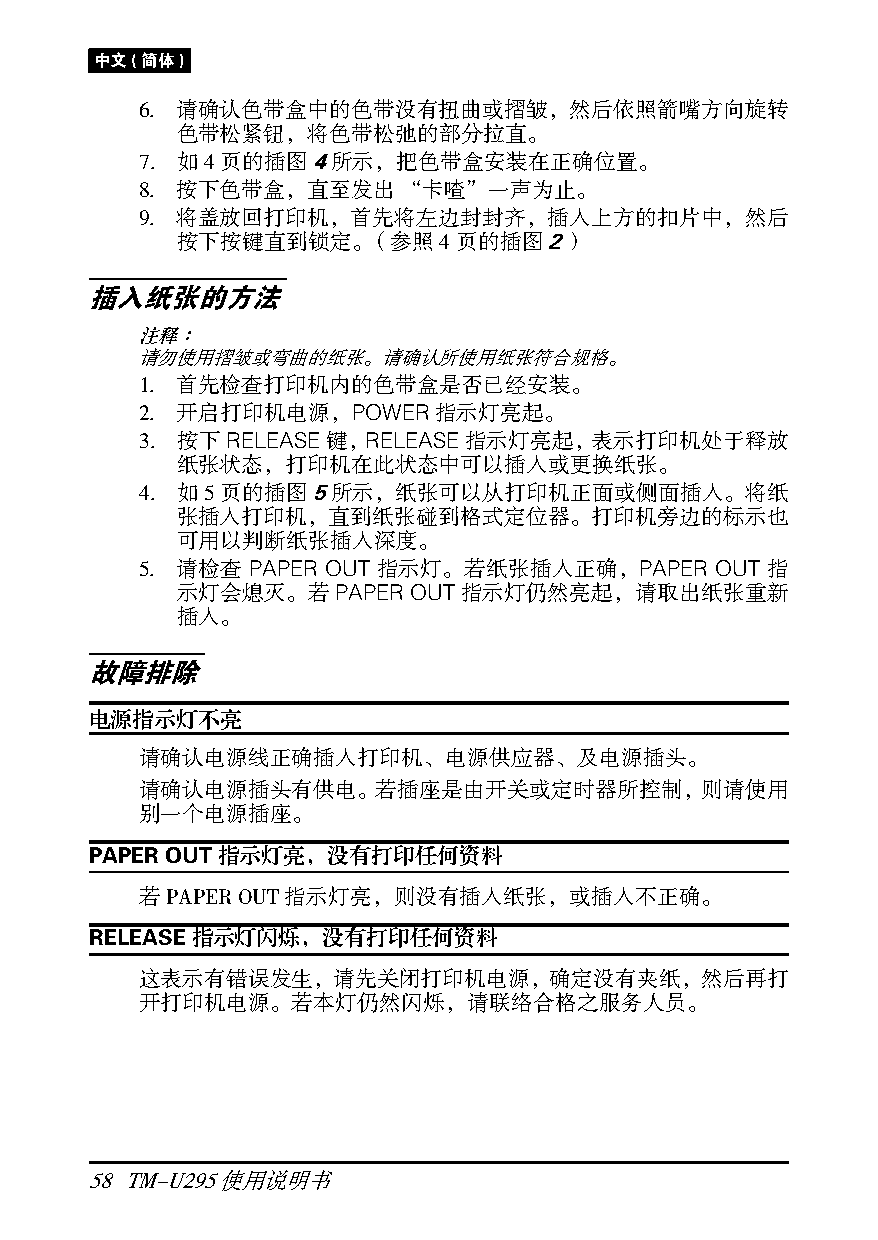
中文(简体)
 6. 请确认色带盒中的色带没有扭曲或摺皱，然后依照箭嘴方向旋转
 色带松紧钮，将色带松弛的部分拉直。
 7. 如4页的插图4所示，把色带盒安装在正确位置。
 8. 按下色带盒，直至发出“卡喳”一声为止。
 9. 将盖放回打印机，首先将左边封封齐，插入上方的扣片中，然后
 按下按键直到锁定。（参照4页的插图２）
 插入纸张的方法
 注释∶
 请勿使用摺皱或弯曲的纸张。请确认所使用纸张符合规格。
 1. 首先检查打印机内的色带盒是否已经安装。
 2. 开启打印机电源，POWER指示灯亮起。
 3. 按下RELEASE键，RELEASE指示灯亮起，表示打印机处于释放
 纸张状态，打印机在此状态中可以插入或更换纸张。
 4. 如5页的插图5所示，纸张可以从打印机正面或侧面插入。将纸
 张插入打印机，直到纸张碰到格式定位器。打印机旁边的标示也
 可用以判断纸张插入深度。
 5. 请检查 PAPER OUT 指示灯。若纸张插入正确，PAPER    OUT 指
 示灯会熄灭。若PAPER   OUT指示灯仍然亮起，请取出纸张重新
 插入。
 故障排除
 电源指示灯不亮
 请确认电源线正确插入打印机、电源供应器、及电源插头。
 请确认电源插头有供电。若插座是由开关或定时器所控制，则请使用
 别一个电源插座。
 PAPER OUT指示灯亮，没有打印任何资料
 若PAPER OUT指示灯亮，则没有插入纸张，或插入不正确。
 RELEASE指示灯闪烁，没有打印任何资料
 这表示有错误发生，请先关闭打印机电源，确定没有夹纸，然后再打
 开打印机电源。若本灯仍然闪烁，请联络合格之服务人员。
 58 TM-U295使用说明书